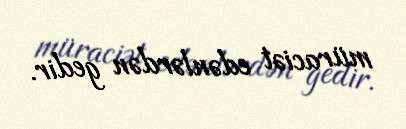
müraciət edənlərdən gedir.